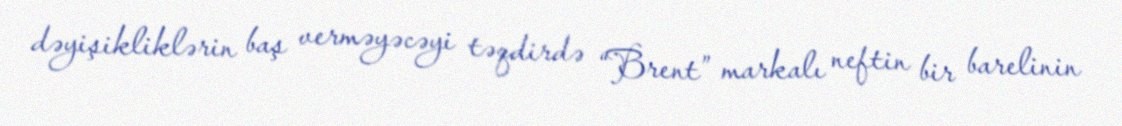
dəyişikliklərin baş verməyəcəyi təqdirdə “Brent” markalı neftin bir barelinin